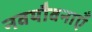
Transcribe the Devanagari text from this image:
नवयौवनाएँ